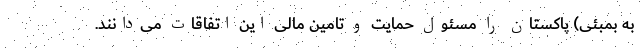
به بمبئی) پاکستان را مسئول حمایت و تامین مالی این اتفاقات می‌دانند.